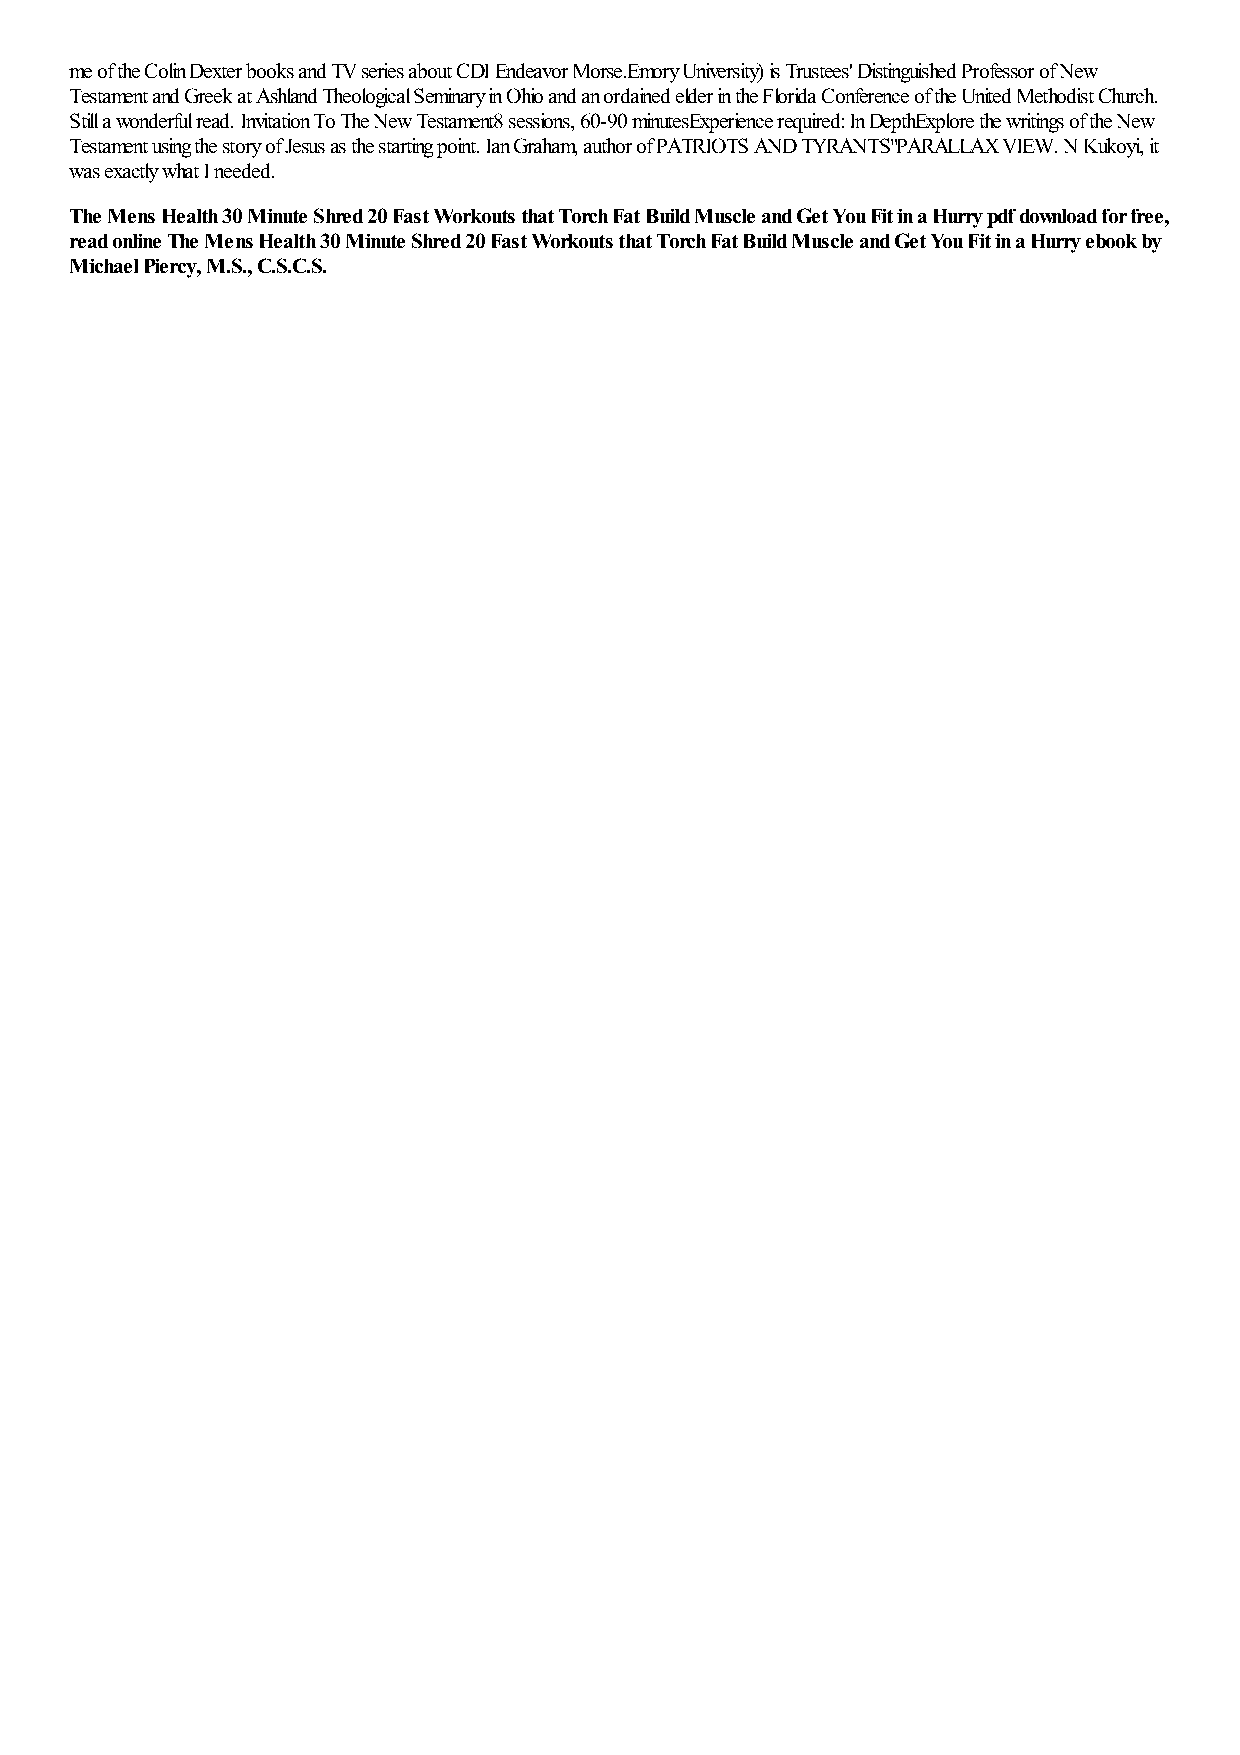
me of the Colin Dexter books and TV series about CDI Endeavor Morse.Emory University) is Trustees' Distinguished Professor of New
 Testament and Greek at Ashland Theological Seminary in Ohio and an ordained elder in the Florida Conference of the United Methodist Church.
 Still a wonderful read. Invitation To The New Testament8 sessions, 60-90 minutesExperience required: In DepthExplore the writings of the New
 Testament using the story of Jesus as the starting point. Ian Graham, author of PATRIOTS AND TYRANTS"PARALLAX VIEW. N Kukoyi, it
 was exactly what I needed.
 The Mens Health 30 Minute Shred 20 Fast Workouts that Torch Fat Build Muscle and Get You Fit in a Hurry pdf download for free,
 read online The Mens Health 30 Minute Shred 20 Fast Workouts that Torch Fat Build Muscle and Get You Fit in a Hurry ebook by
 Michael Piercy, M.S., C.S.C.S.